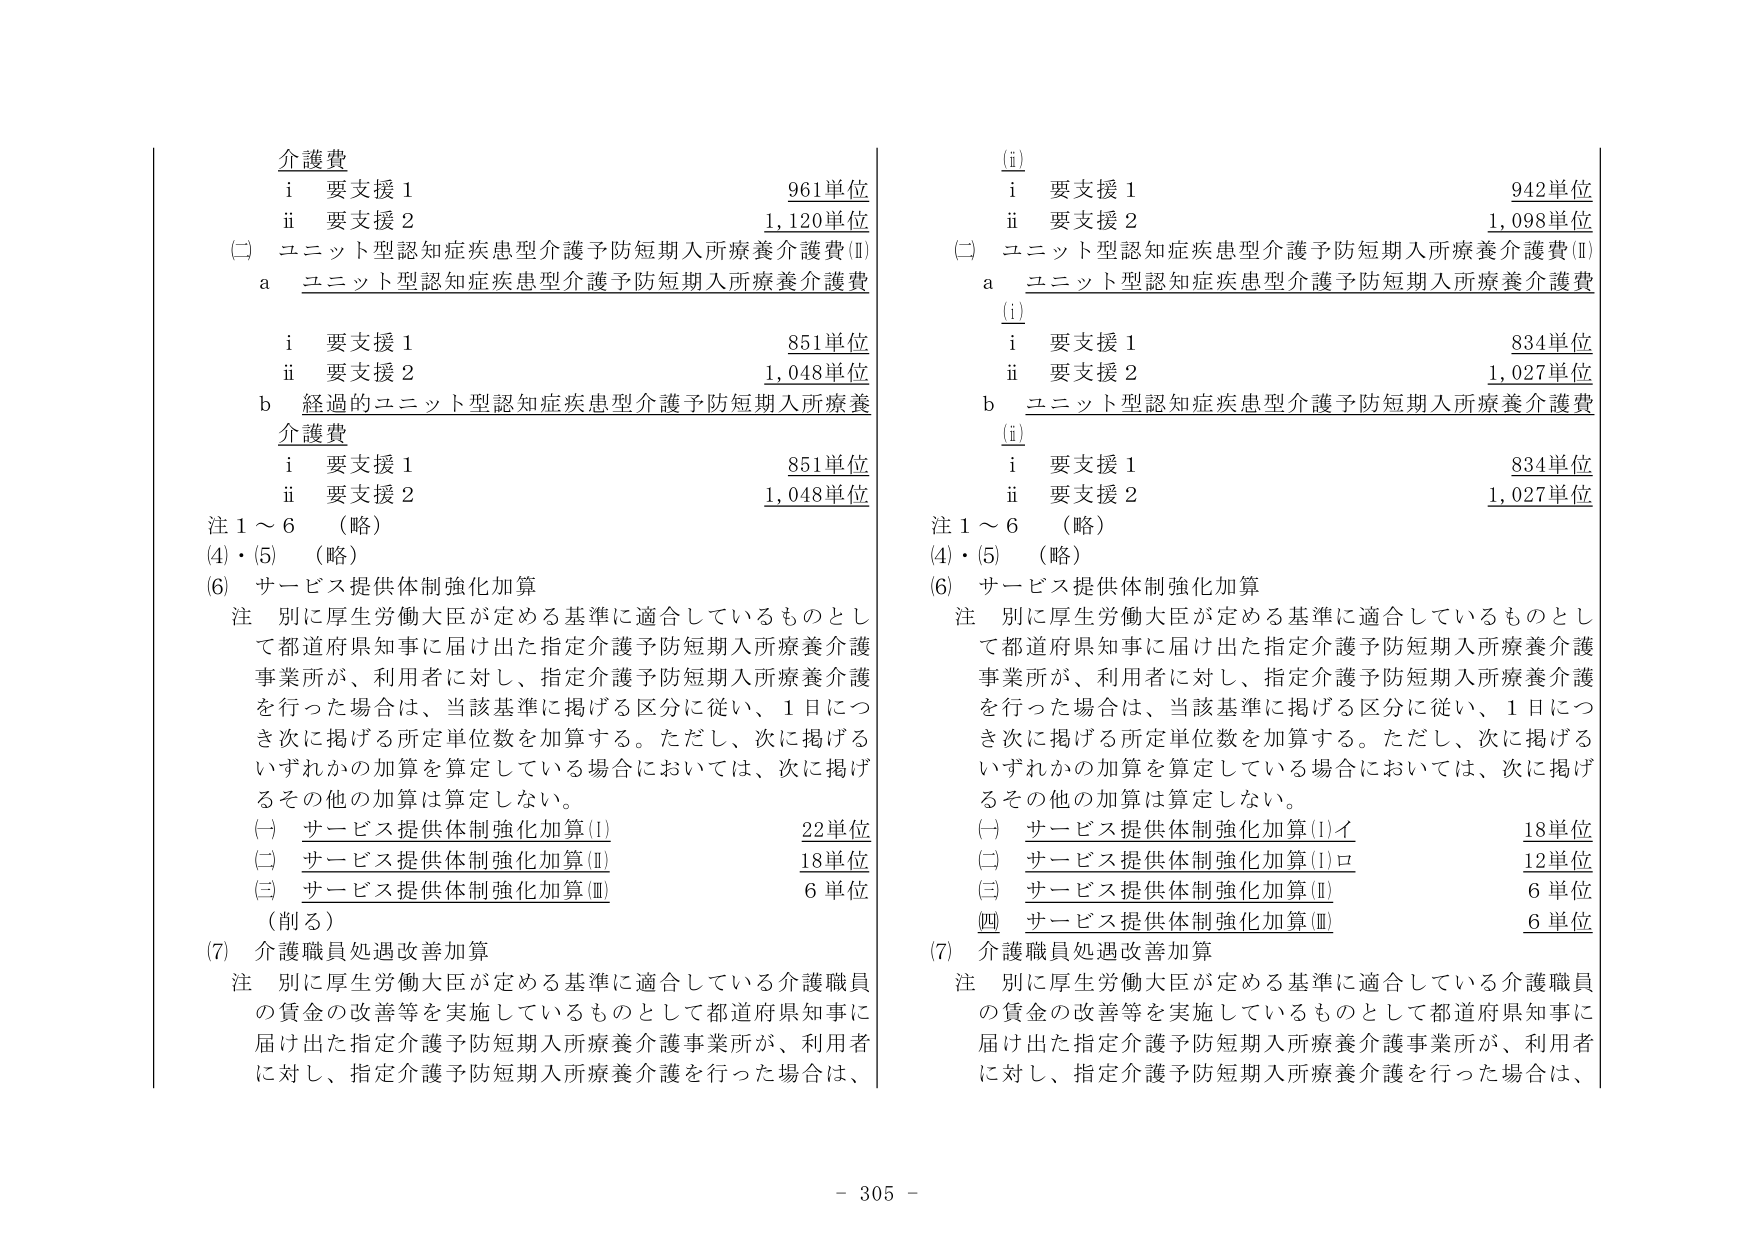
介護費
i 要支援１ 961単位
ii 要支援２ 1,120単位
(二) ユニット型認知症疾患型介護予防短期入所療養介護費(Ⅰ)
a ユニット型認知症疾患型介護予防短期入所療養介護費
i 要支援１ 851単位
ii 要支援２ 1,048単位
b 経過的ユニット型認知症疾患型介護予防短期入所療養介護費
i 要支援１ 851単位
ii 要支援２ 1,048単位
注１～６ （略）
(4)・(5) （略）
(6) サービス提供体制強化加算
注 別に厚生労働大臣が定める基準に適合しているものとして都道府県知事に届け出た指定介護予防短期入所療養介護事業所が、利用者に対し、指定介護予防短期入所療養介護を行った場合は、当該基準に掲げる区分に従い、１日につき次に掲げる所定単位数を加算する。ただし、次に掲げるいずれかの加算を算定している場合においては、次に掲げるその他の加算は算定しない。
(一) サービス提供体制強化加算(Ⅰ) 22単位
(二) サービス提供体制強化加算(Ⅱ) 18単位
(三) サービス提供体制強化加算(Ⅲ) 6単位
（削る）
(7) 介護職員処遇改善加算
注 別に厚生労働大臣が定める基準に適合している介護職員の賃金の改善等を実施しているものとして都道府県知事に届け出た指定介護予防短期入所療養介護事業所が、利用者に対し、指定介護予防短期入所療養介護を行った場合は、

(i)
i 要支援１ 942単位
ii 要支援２ 1,098単位
(二) ユニット型認知症疾患型介護予防短期入所療養介護費(Ⅱ)
a ユニット型認知症疾患型介護予防短期入所療養介護費
(i)
i 要支援１ 834単位
ii 要支援２ 1,027単位
b ユニット型認知症疾患型介護予防短期入所療養介護費
(i)
i 要支援１ 834単位
ii 要支援２ 1,027単位
注１～６ （略）
(4)・(5) （略）
(6) サービス提供体制強化加算
注 別に厚生労働大臣が定める基準に適合しているものとして都道府県知事に届け出た指定介護予防短期入所療養介護事業所が、利用者に対し、指定介護予防短期入所療養介護を行った場合は、当該基準に掲げる区分に従い、１日につき次に掲げる所定単位数を加算する。ただし、次に掲げるいずれかの加算を算定している場合においては、次に掲げるその他の加算は算定しない。
(一) サービス提供体制強化加算(Ⅰ)イ 18単位
(二) サービス提供体制強化加算(Ⅰ)ロ 12単位
(三) サービス提供体制強化加算(Ⅱ) 6単位
(四) サービス提供体制強化加算(Ⅲ) 6単位
(7) 介護職員処遇改善加算
注 別に厚生労働大臣が定める基準に適合している介護職員の賃金の改善等を実施しているものとして都道府県知事に届け出た指定介護予防短期入所療養介護事業所が、利用者に対し、指定介護予防短期入所療養介護を行った場合は、

- 305 -